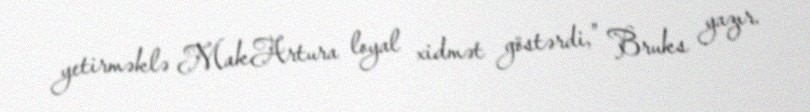
yetirməklə MakArtura loyal xidmət göstərdi,” Bruks yazır.